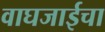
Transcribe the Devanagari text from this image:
वाघजाईचा